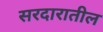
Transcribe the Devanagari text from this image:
सरदारातील